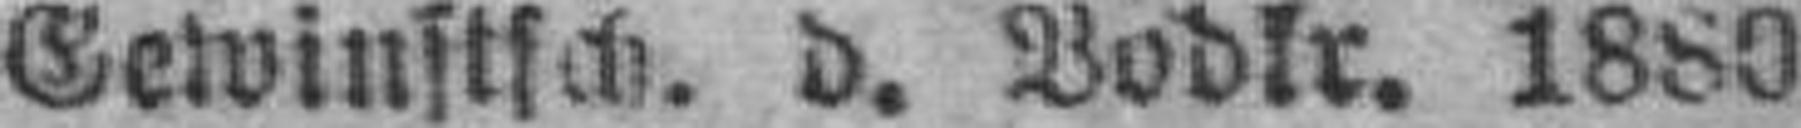
Gewinstsch. d. Bodkr. 1880